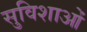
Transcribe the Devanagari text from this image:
सुविशाओं